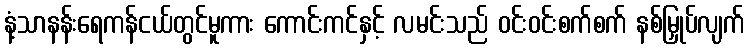
နံ့သာနန်းရေကန်ငယ်တွင်မူကား ကောင်းကင်နှင့် လမင်းသည် ဝင်းဝင်းစက်စက် နစ်မြှုပ်လျက်